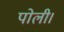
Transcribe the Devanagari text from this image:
पोली।